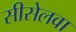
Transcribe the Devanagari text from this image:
सीसेलवा